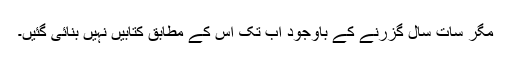
مگر سات سال گزرنے کے باوجود اب تک اس کے مطابق کتابیں نہیں بنائی گئیں۔